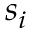
s _ { i }